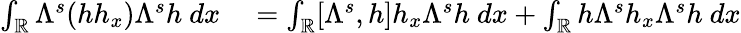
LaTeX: \begin{array}{rl}{\int_{\mathbb R}\Lambda^{s}(hh_{x})\Lambda^{s}h\ dx}&{{}=\int_{\mathbb R}[\Lambda^{s},h]h_{x}\Lambda^{s}h\ dx+\int_{\mathbb R}h\Lambda^{s}h_{x}\Lambda^{s}h\ dx}\end{array}